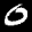
Label: 0